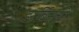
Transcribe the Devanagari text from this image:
डार्विनची